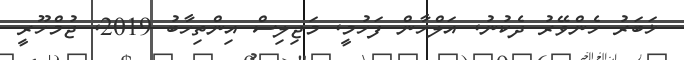
ޚަބަރު ހެންވޭރު ދެކުނު